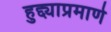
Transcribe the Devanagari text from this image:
हुद्द्याप्रमाणे